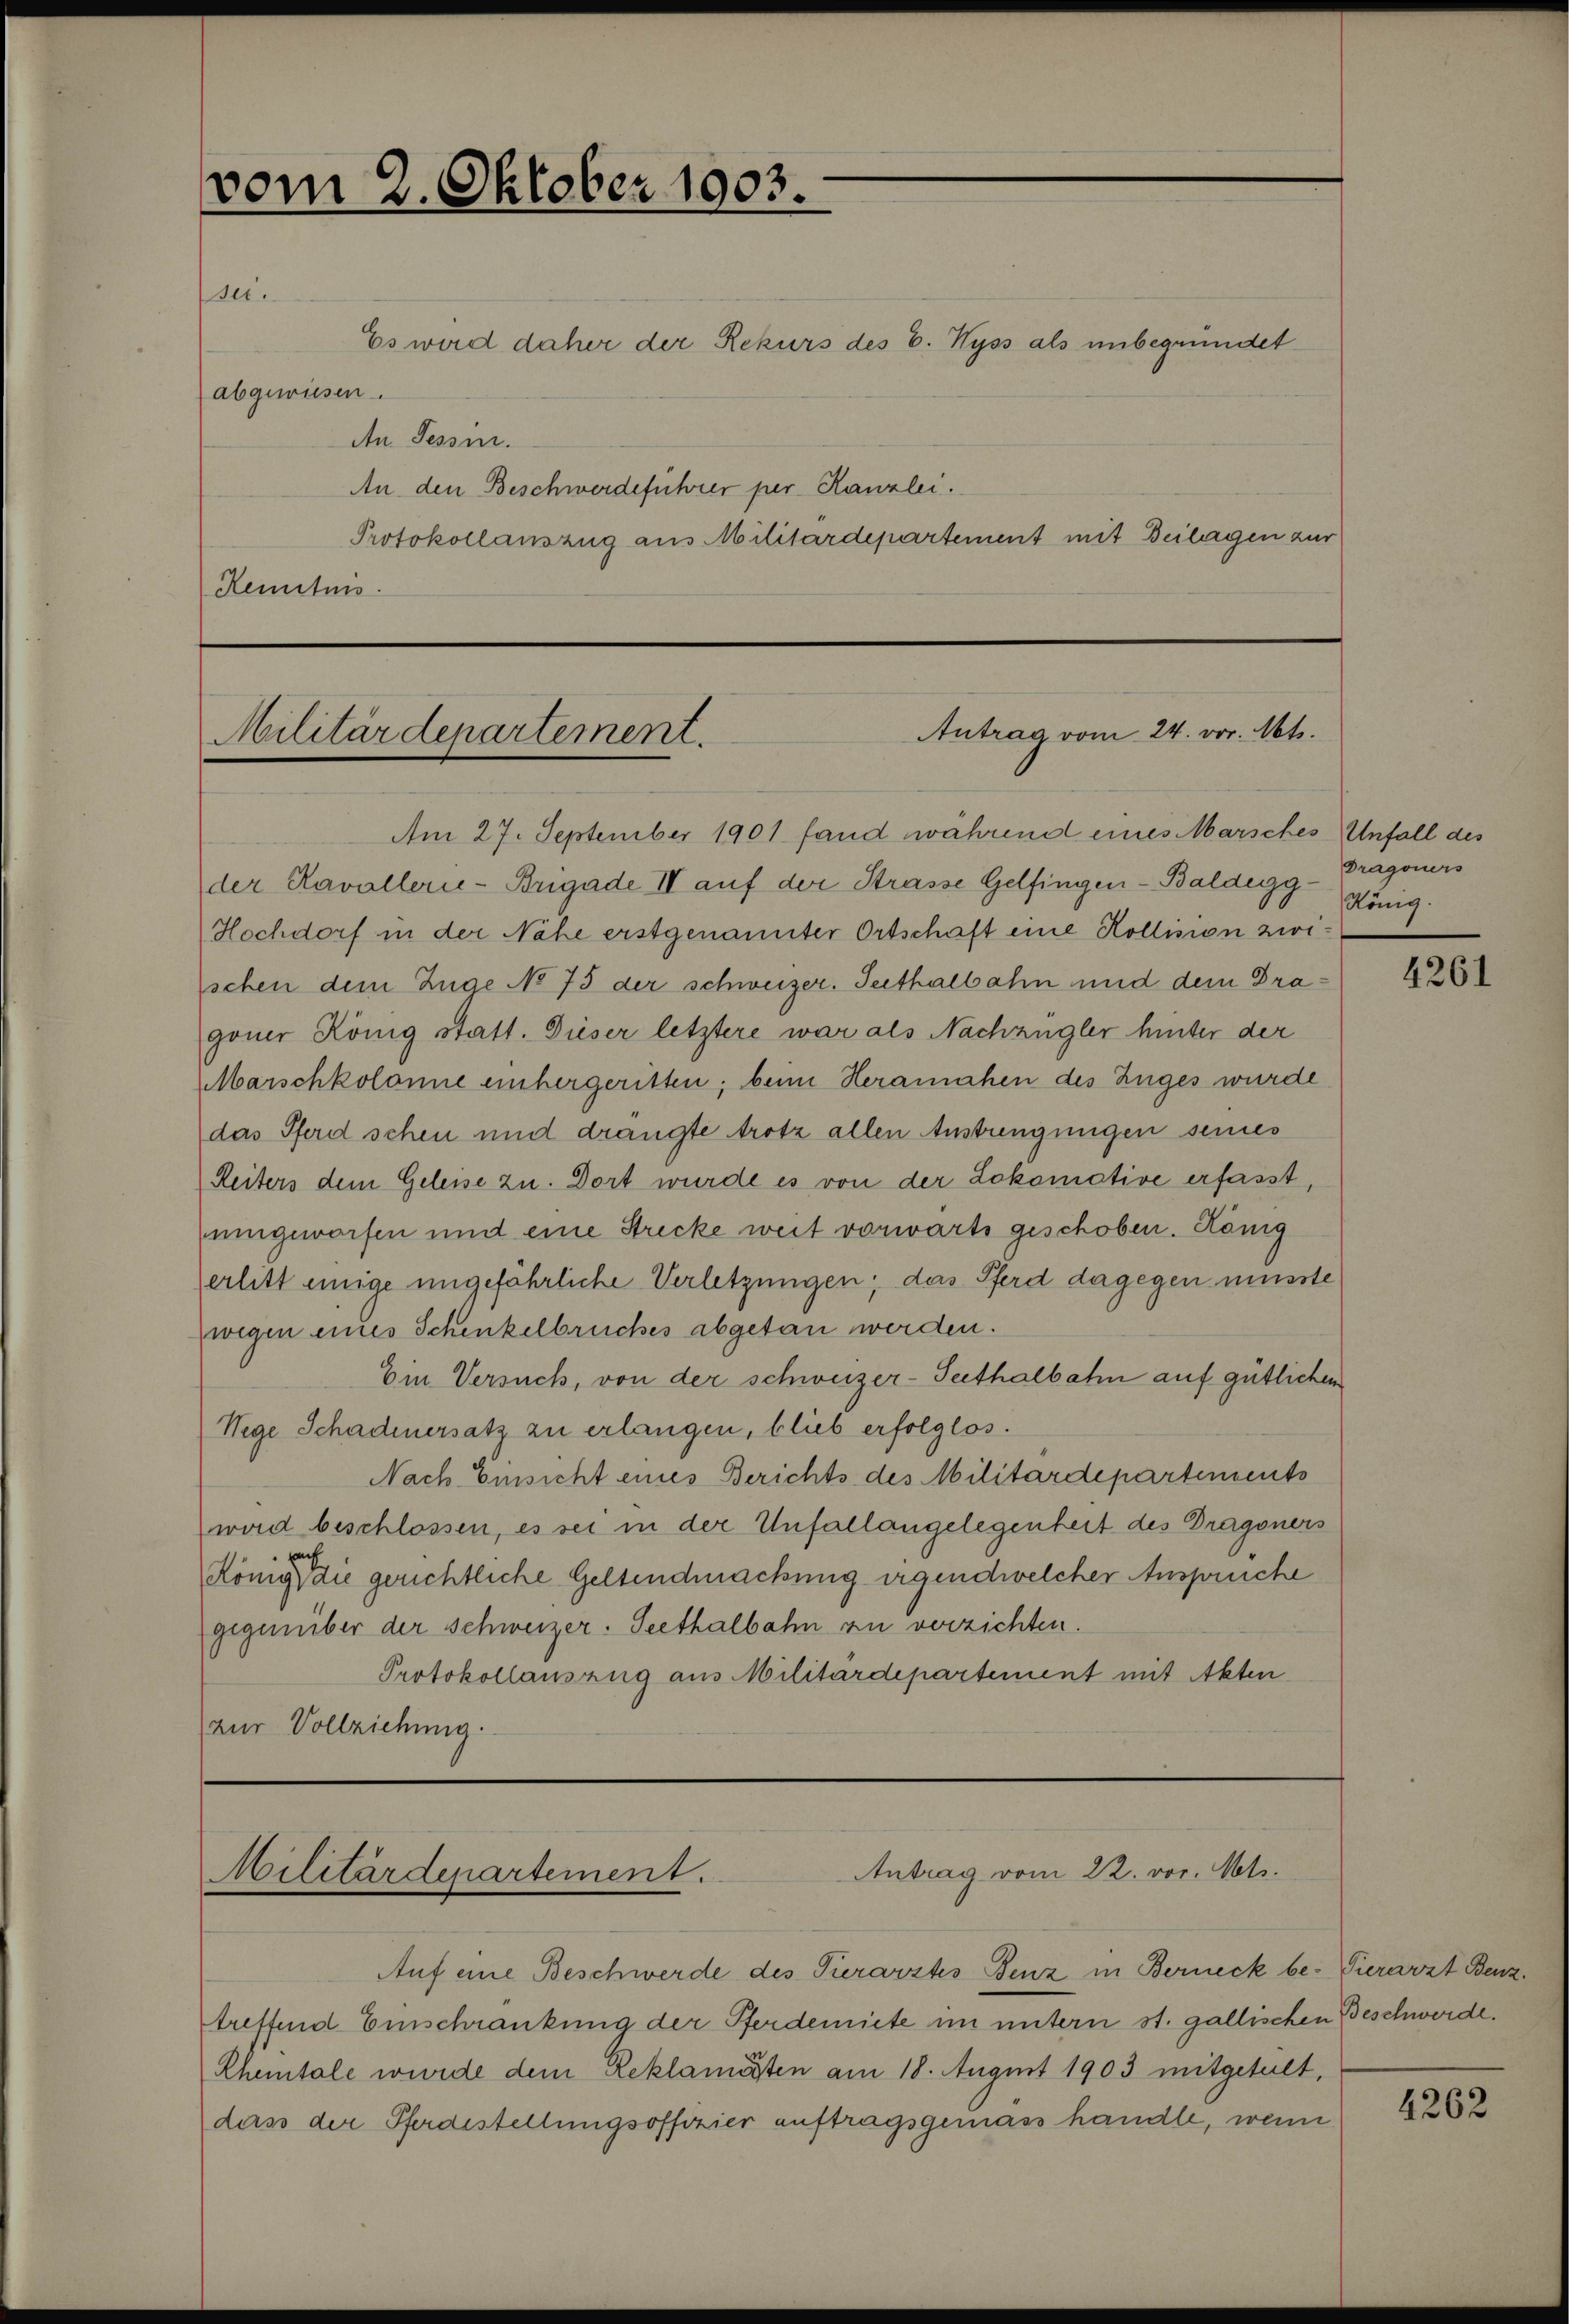
vom 2. Oktober 1903.

sei.

Es wird daher der Rekurs des E. Wyss als unbegründet
abgewiesen.
An Tessin.
An den Beschwerdeführer per Kanzlei.
Protokollauszug aus Militärdepartement mit Beilagen zur
Reminis

Antrag vom 24. vor. Mts.
Militärdepartement.

Am 27. September 1901 fand während eines Marsches Unfall des
der Kavallern-Brigade II auf der Strasse Gelfingen-Baldegg-
Hochdorf in der Nähe erstgenannter Ortschaft eine Kollision zwi-
schen dem Zuge No 73 der schweizer. Seithalbahn und dem Dragoner König statt. Dieser letztere war als Nachzugler hinter der
Marschkolonne einhergeritten; beim Herainahen des Zuges wurde
das Pferd schen und drängte trotz allen Anstrengungen seines
Reiters dem Geleise zu. Dort wurde es von der Lokomative erfasst,
uingeworfen und eine Strecke weit vorwärts geschoben. König
erlitt einige ungefährliche Verletzungen; das Pferd dagegen müsste
wegen eines Schenkelbrückes abgetan werden.
Ein Versuch, von der schweizer-Seethalbahn auf gütlichen
Wege Schadenersatz zu erlangen, blieb erfolglos.
Nach Einsicht eines Berichts des Militärdepartements
wird beschlossen, es sei in der Unfallangelegenheit des Dragoners
König, die gerichtliche Geltendmachung irgendwelcher Ansprüche
gegenüber der Schweizer. Seethalbahn zu verzichten.
Protokollauszug aus Militärdepartement mit Akten
zur Vollziehung.

Antrag vom 22. vor. Mts.
Militärdepartement.

Auf eine Beschwerde des Tierarztes Benz in Berneck be- Vierarzt Benztreffend Einschränkung der Pferdemiete im untern st. gallischen Beschwerde.
Chemntale wurde dem Reklamirten am 18. August 1903 mitgeteilt,
dass der Pferdestellungsoffizier auftragsgemäss handle, wenn

Dragoners
König.

4261

4262